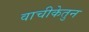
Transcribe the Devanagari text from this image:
वाचीकेतुन